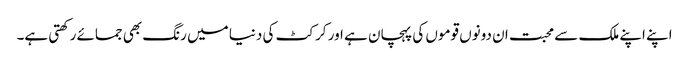
اپنے اپنے ملک سے محبت ان دونوں قوموں کی پہچان ہے اور کرکٹ کی دنیا میں رنگ بھی جمائے رکھتی ہے۔